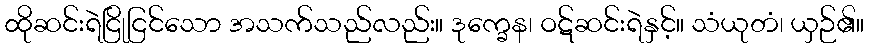
ထိုဆင်းရဲငြိုငြင်သော အသက်သည်လည်း။ ဒုက္ခေန၊ ဝဋ်ဆင်းရဲနှင့်။ သံယုတံ၊ ယှဉ်၏။